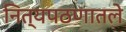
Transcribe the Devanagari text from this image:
नित्यपठणातले